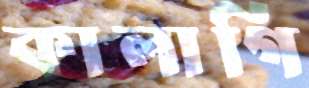
কালাগি